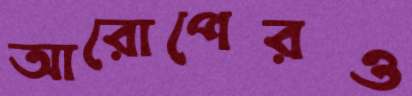
আরোপেরও